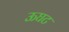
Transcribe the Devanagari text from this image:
ऊघट